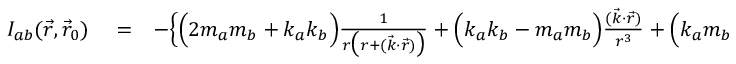
\begin{array} { r l r } { { \cal I } _ { a b } ( \vec { r } , \vec { r } _ { 0 } ) } & { { } = } & { - \Big \{ \Big ( 2 m _ { a } m _ { b } + k _ { a } k _ { b } \Big ) \frac { 1 } { r \big ( r + ( { \vec { k } } \cdot { \vec { r } } ) \big ) } + \Big ( k _ { a } k _ { b } - m _ { a } m _ { b } \Big ) \frac { ( { \vec { k } } \cdot { \vec { r } } ) } { r ^ { 3 } } + \Big ( k _ { a } m _ { b } + k _ { b } m _ { a } \Big ) \frac { b } { r ^ { 3 } } \Big \} \Big | _ { r _ { 0 } } ^ { r } , } \end{array}